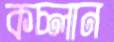
কচ্‌লান